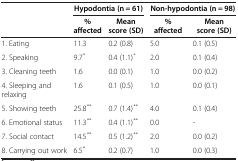
<table><thead><tr><td><b> </b></td><td colspan="2"><b>Hypodontia (n = 61)</b></td><td colspan="2"><b>Non-hypodontia (n = 98)</b></td></tr><tr><td><b> </b></td><td><b>% affected</b></td><td><b>Mean score (SD)</b></td><td><b>% affected</b></td><td><b>Mean score (SD)</b></td></tr></thead><tbody><tr><td>1. Eating</td><td>11.3</td><td>0.2 (0.8)</td><td>5.0</td><td>0.1 (0.5)</td></tr><tr><td>2. Speaking</td><td>9.7<sup><i>*</i></sup></td><td>0.4 (1.1)<sup><i>*</i></sup></td><td>2.0</td><td>0.1 (0.4)</td></tr><tr><td>3. Cleaning teeth</td><td>1.6</td><td>0.0 (0.1)</td><td>1.0</td><td>0.0 (0.2)</td></tr><tr><td>4. Sleeping and relaxing</td><td>1.6</td><td>0.1 (0.5)</td><td>1.0</td><td>0.0 (0.1)</td></tr><tr><td>5. Showing teeth</td><td>25.8<sup><i>**</i></sup></td><td>0.7 (1.4)<sup><i>**</i></sup></td><td>4.0</td><td>0.1 (0.4)</td></tr><tr><td>6. Emotional status</td><td>11.3<sup><i>**</i></sup></td><td>0.4 (1.1)<sup><i>**</i></sup></td><td>0.0</td><td>-</td></tr><tr><td>7. Social contact</td><td>14.5<sup><i>**</i></sup></td><td>0.5 (1.2)<sup><i>**</i></sup></td><td>2.0</td><td>0.0 (0.2)</td></tr><tr><td>8. Carrying out work</td><td>6.5<sup><i>*</i></sup></td><td>0.2 (0.7)</td><td>1.0</td><td>0.0 (0.3)</td></tr></tbody></table>